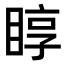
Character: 𥇜